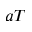
a T